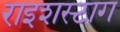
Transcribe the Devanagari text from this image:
राइशस्टाग